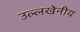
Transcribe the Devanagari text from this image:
उल्‍लखेनीय